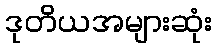
ဒုတိယအများဆုံး